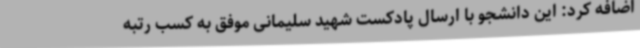
اضافه کرد: این دانشجو با ارسال پادکست‌ شهید سلیمانی موفق به کسب رتبه